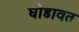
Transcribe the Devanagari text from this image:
घोडावत